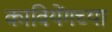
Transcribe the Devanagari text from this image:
कावियेंगच्या